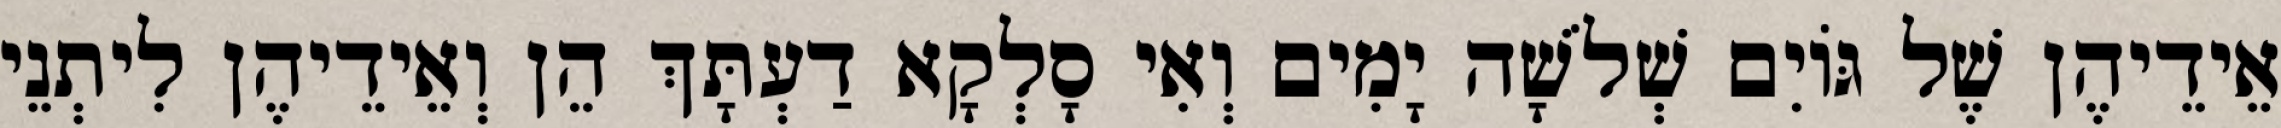
אֵידֵיהֶן שֶׁל גּוֹיִם שְׁלֹשָׁה יָמִים וְאִי סָלְקָא דַעְתָּךְ הֵן וְאֵידֵיהֶן לִיתְנֵי